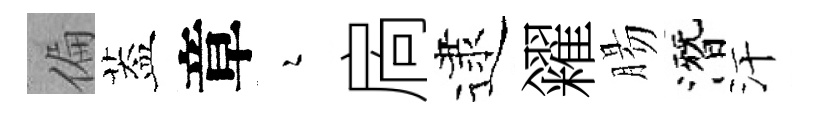
偏葢章瑟扄逮糴腸潛汗